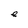
Character: e